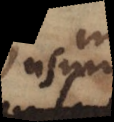
usum